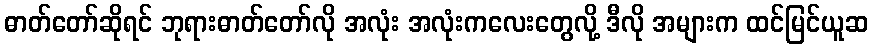
ဓာတ်တော်ဆိုရင် ဘုရားဓာတ်တော်လို အလုံး အလုံးကလေးတွေလို့ ဒီလို အများက ထင်မြင်ယူဆ